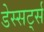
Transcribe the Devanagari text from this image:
डेस्सर्ट्स